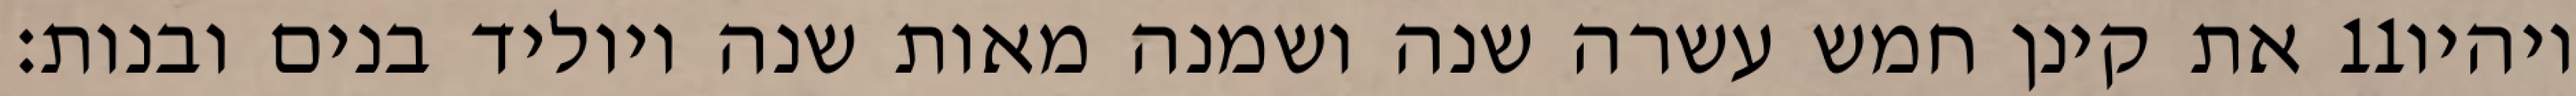
את קינן חמש עשרה שנה ושמנה מאות שנה ויוליד בנים ובנות׃ ‎11‏ ויהיו